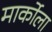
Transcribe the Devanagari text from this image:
मार्कोला